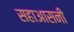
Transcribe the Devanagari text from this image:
सहाआसनी